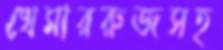
খেমাররুজসহ